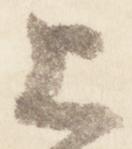
上